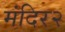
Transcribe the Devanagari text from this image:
मंदिर२